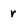
Character: r